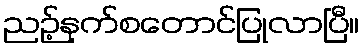
ညဉ့်နက်စတောင်ပြုလာပြီ။